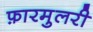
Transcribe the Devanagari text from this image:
फ़ारमुलरी